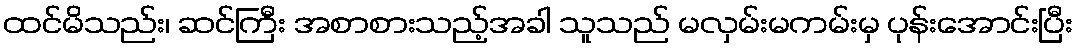
ထင်မိသည်း၊ ဆင်ကြီး အစာစားသည့်အခါ သူသည် မလှမ်းမကမ်းမှ ပုန်းအောင်းပြီး